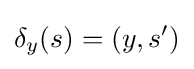
\delta _{y}(s)=(y,s')